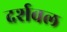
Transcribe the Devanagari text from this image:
दर्शवल